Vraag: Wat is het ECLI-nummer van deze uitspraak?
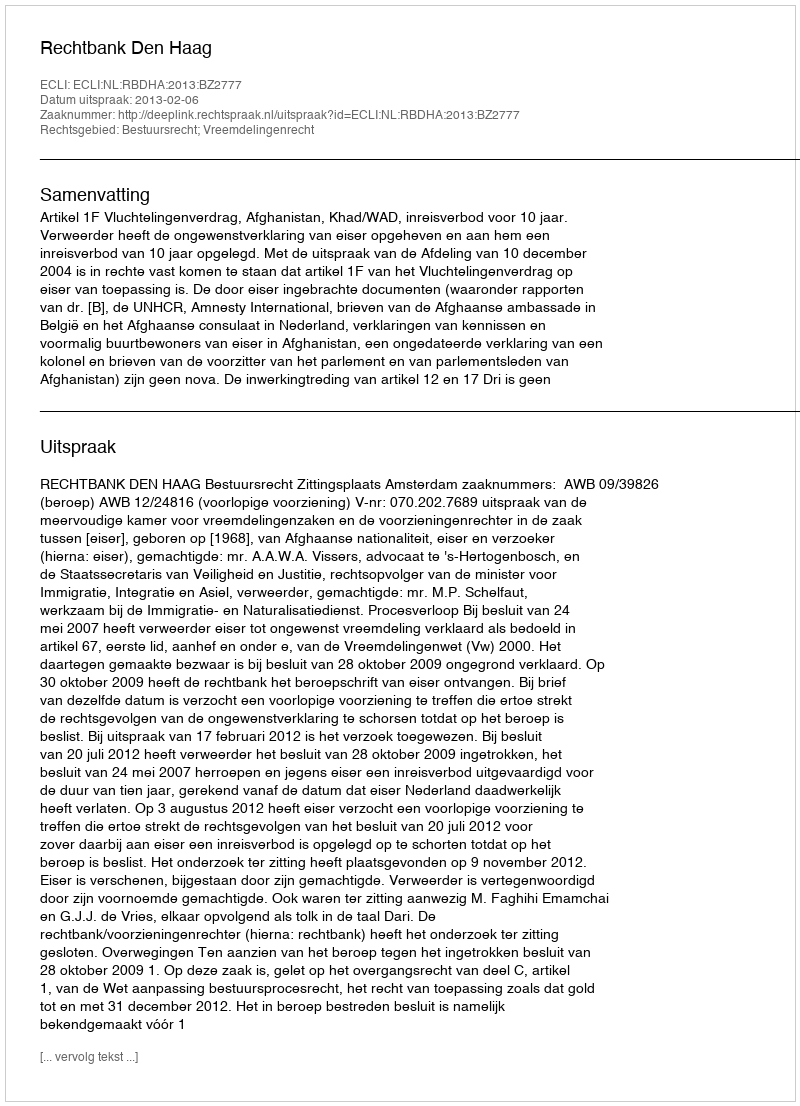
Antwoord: ECLI:NL:RBDHA:2013:BZ2777